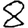
Digit: 8